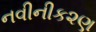
નવીનીક૨ણ